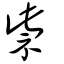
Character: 祡